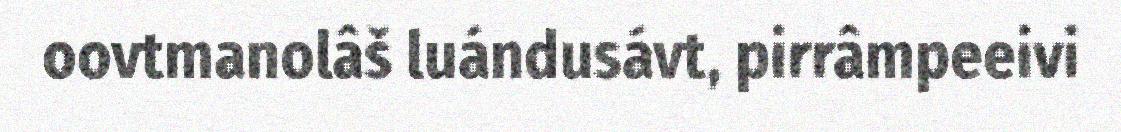
oovtmanolâš luándusávt, pirrâmpeeivi